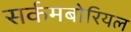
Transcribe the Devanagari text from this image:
सर्कमबोरियल